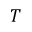
T